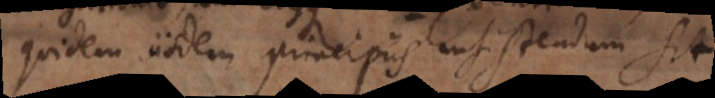
quidem iisdem principiis insistendum sit.